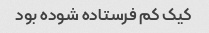
کیک کم فرستاده شوده بود